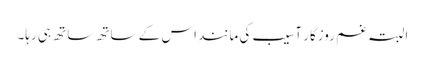
البتہ غم روزگار آسیب کی مانند اس کے ساتھ ساتھ ہی رہا۔